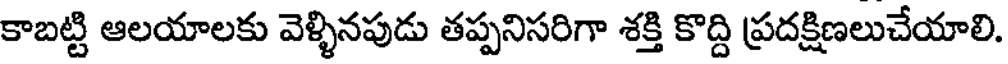
కాబట్టి ఆలయాలకు వెళ్ళినపుడు తప్పనిసరిగా శక్తి కొద్ది ప్రదక్షిణలుచేయాలి.